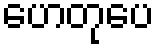
ဟေတုပေ